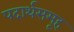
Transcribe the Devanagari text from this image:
पदार्थसमूह